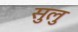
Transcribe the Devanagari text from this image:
सुलु